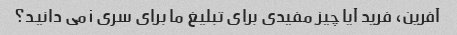
آفرین، فرید آیا چیز مفیدی برای تبلیغ ما برای سری i می دانید؟